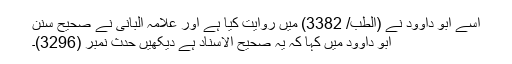
اسے ابو داوود نے (الطب/ 3382) میں روایت کیا ہے اور علامہ البانی نے صحیح سنن
ابو داوود میں کہا کہ یہ صحیح الاسناد ہے دیکھیں حدث نمبر (3296)۔